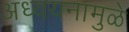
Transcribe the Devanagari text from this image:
अध्ययनामुळे